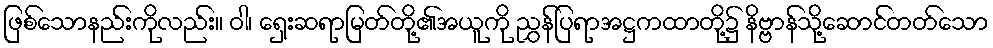
ဖြစ်သောနည်းကိုလည်း။ ဝါ၊ ရှေးဆရာမြတ်တို့၏အယူကို ညွှန်ပြရာအဋ္ဌကထာတို့၌ နိဗ္ဗာန်သို့ဆောင်တတ်သော